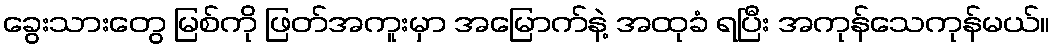
ခွေးသားတွေ မြစ်ကို ဖြတ်အကူးမှာ အမြောက်နဲ့ အထုခံ ရပြီး အကုန်သေကုန်မယ်။